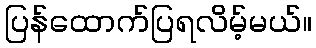
ပြန်ထောက်ပြရလိမ့်မယ်။